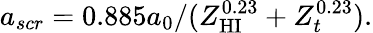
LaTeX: a_{scr}=0.885a_{0}/(Z_{\mathrm{HI}}^{0.23}+Z_{t}^{0.23}).